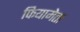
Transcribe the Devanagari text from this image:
फियामेता